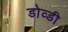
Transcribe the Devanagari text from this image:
डोव्डी